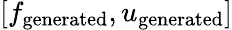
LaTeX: [f_{\mathrm{generated}},u_{\mathrm{generated}}]